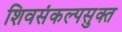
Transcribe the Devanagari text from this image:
शिवसंकल्पसुक्त